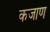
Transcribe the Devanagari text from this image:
कजाण